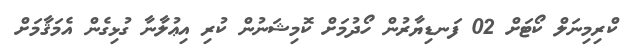
ކްރިމިނަލް ކޯޓަށް 02 ފަނޑިޔާރުން ހޯދުމަށް ކޮމިޝަނުން ކުރި އިޢުލާނާ ގުޅިގެން އެމަޤާމަށް